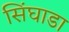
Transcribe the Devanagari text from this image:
सिंघाडा